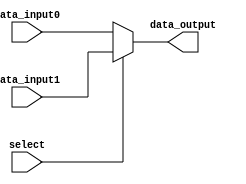
module multiplexer
(
    input [7:0] data_input0,
    input [7:0] data_input1,
    input select,
    output reg [7:0] data_output
);

always @(data_input0, data_input1, select)
begin
    if(select)
        data_output <= data_input1;
    else
        data_output <= data_input0;
end

endmodule